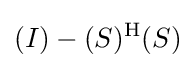
(I)-(S)^{\mathrm {H} }(S)